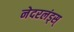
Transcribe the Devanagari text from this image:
नेदरलंड्स्